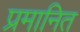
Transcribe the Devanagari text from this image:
प्रमानित